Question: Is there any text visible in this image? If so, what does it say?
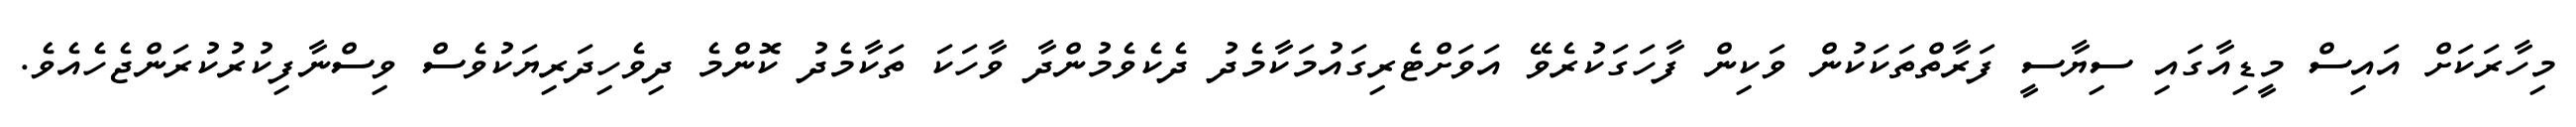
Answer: މިހާރަކަށް އައިސް މީޑިއާގައި ސިޔާސީ ފަރާތްތަކަކުން ވަކިން ފާހަގަކުރެވޭ އަވަށްޓެރިގައުމަކާމެދު ދެކެވެމުންދާ ވާހަކަ ތަކާމެދު ކޮންމެ ދިވެހިދަރިޔަކުވެސް ވިސްނާފިކުރުކުރަންޖެހެއެވެ.